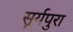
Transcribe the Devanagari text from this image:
सूर्यपुरा